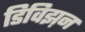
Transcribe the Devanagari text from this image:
डिविझ़न